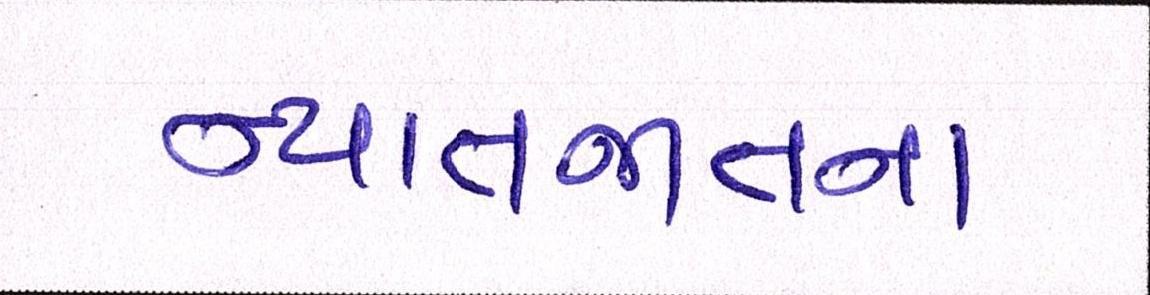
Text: ન્યાતજાતના